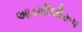
આડખીલીરૂપ